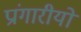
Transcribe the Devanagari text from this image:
प्रांगारीयों